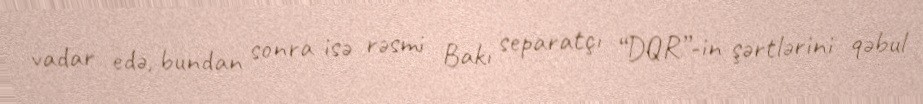
vadar edə, bundan sonra isə rəsmi Bakı separatçı “DQR”-in şərtlərini qəbul